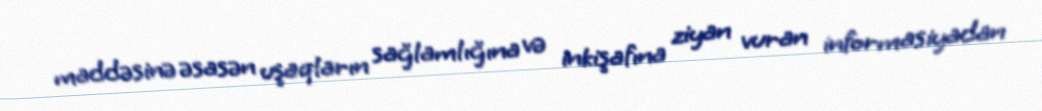
maddəsinə əsasən uşaqların sağlamlığına və inkişafına ziyan vuran informasiyadan